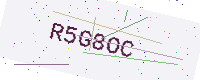
Text: R5G8OC